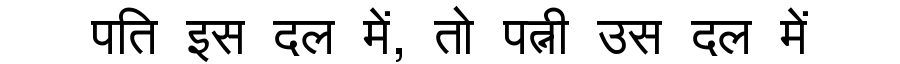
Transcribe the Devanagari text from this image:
पति इस दल में, तो पत्नी उस दल में